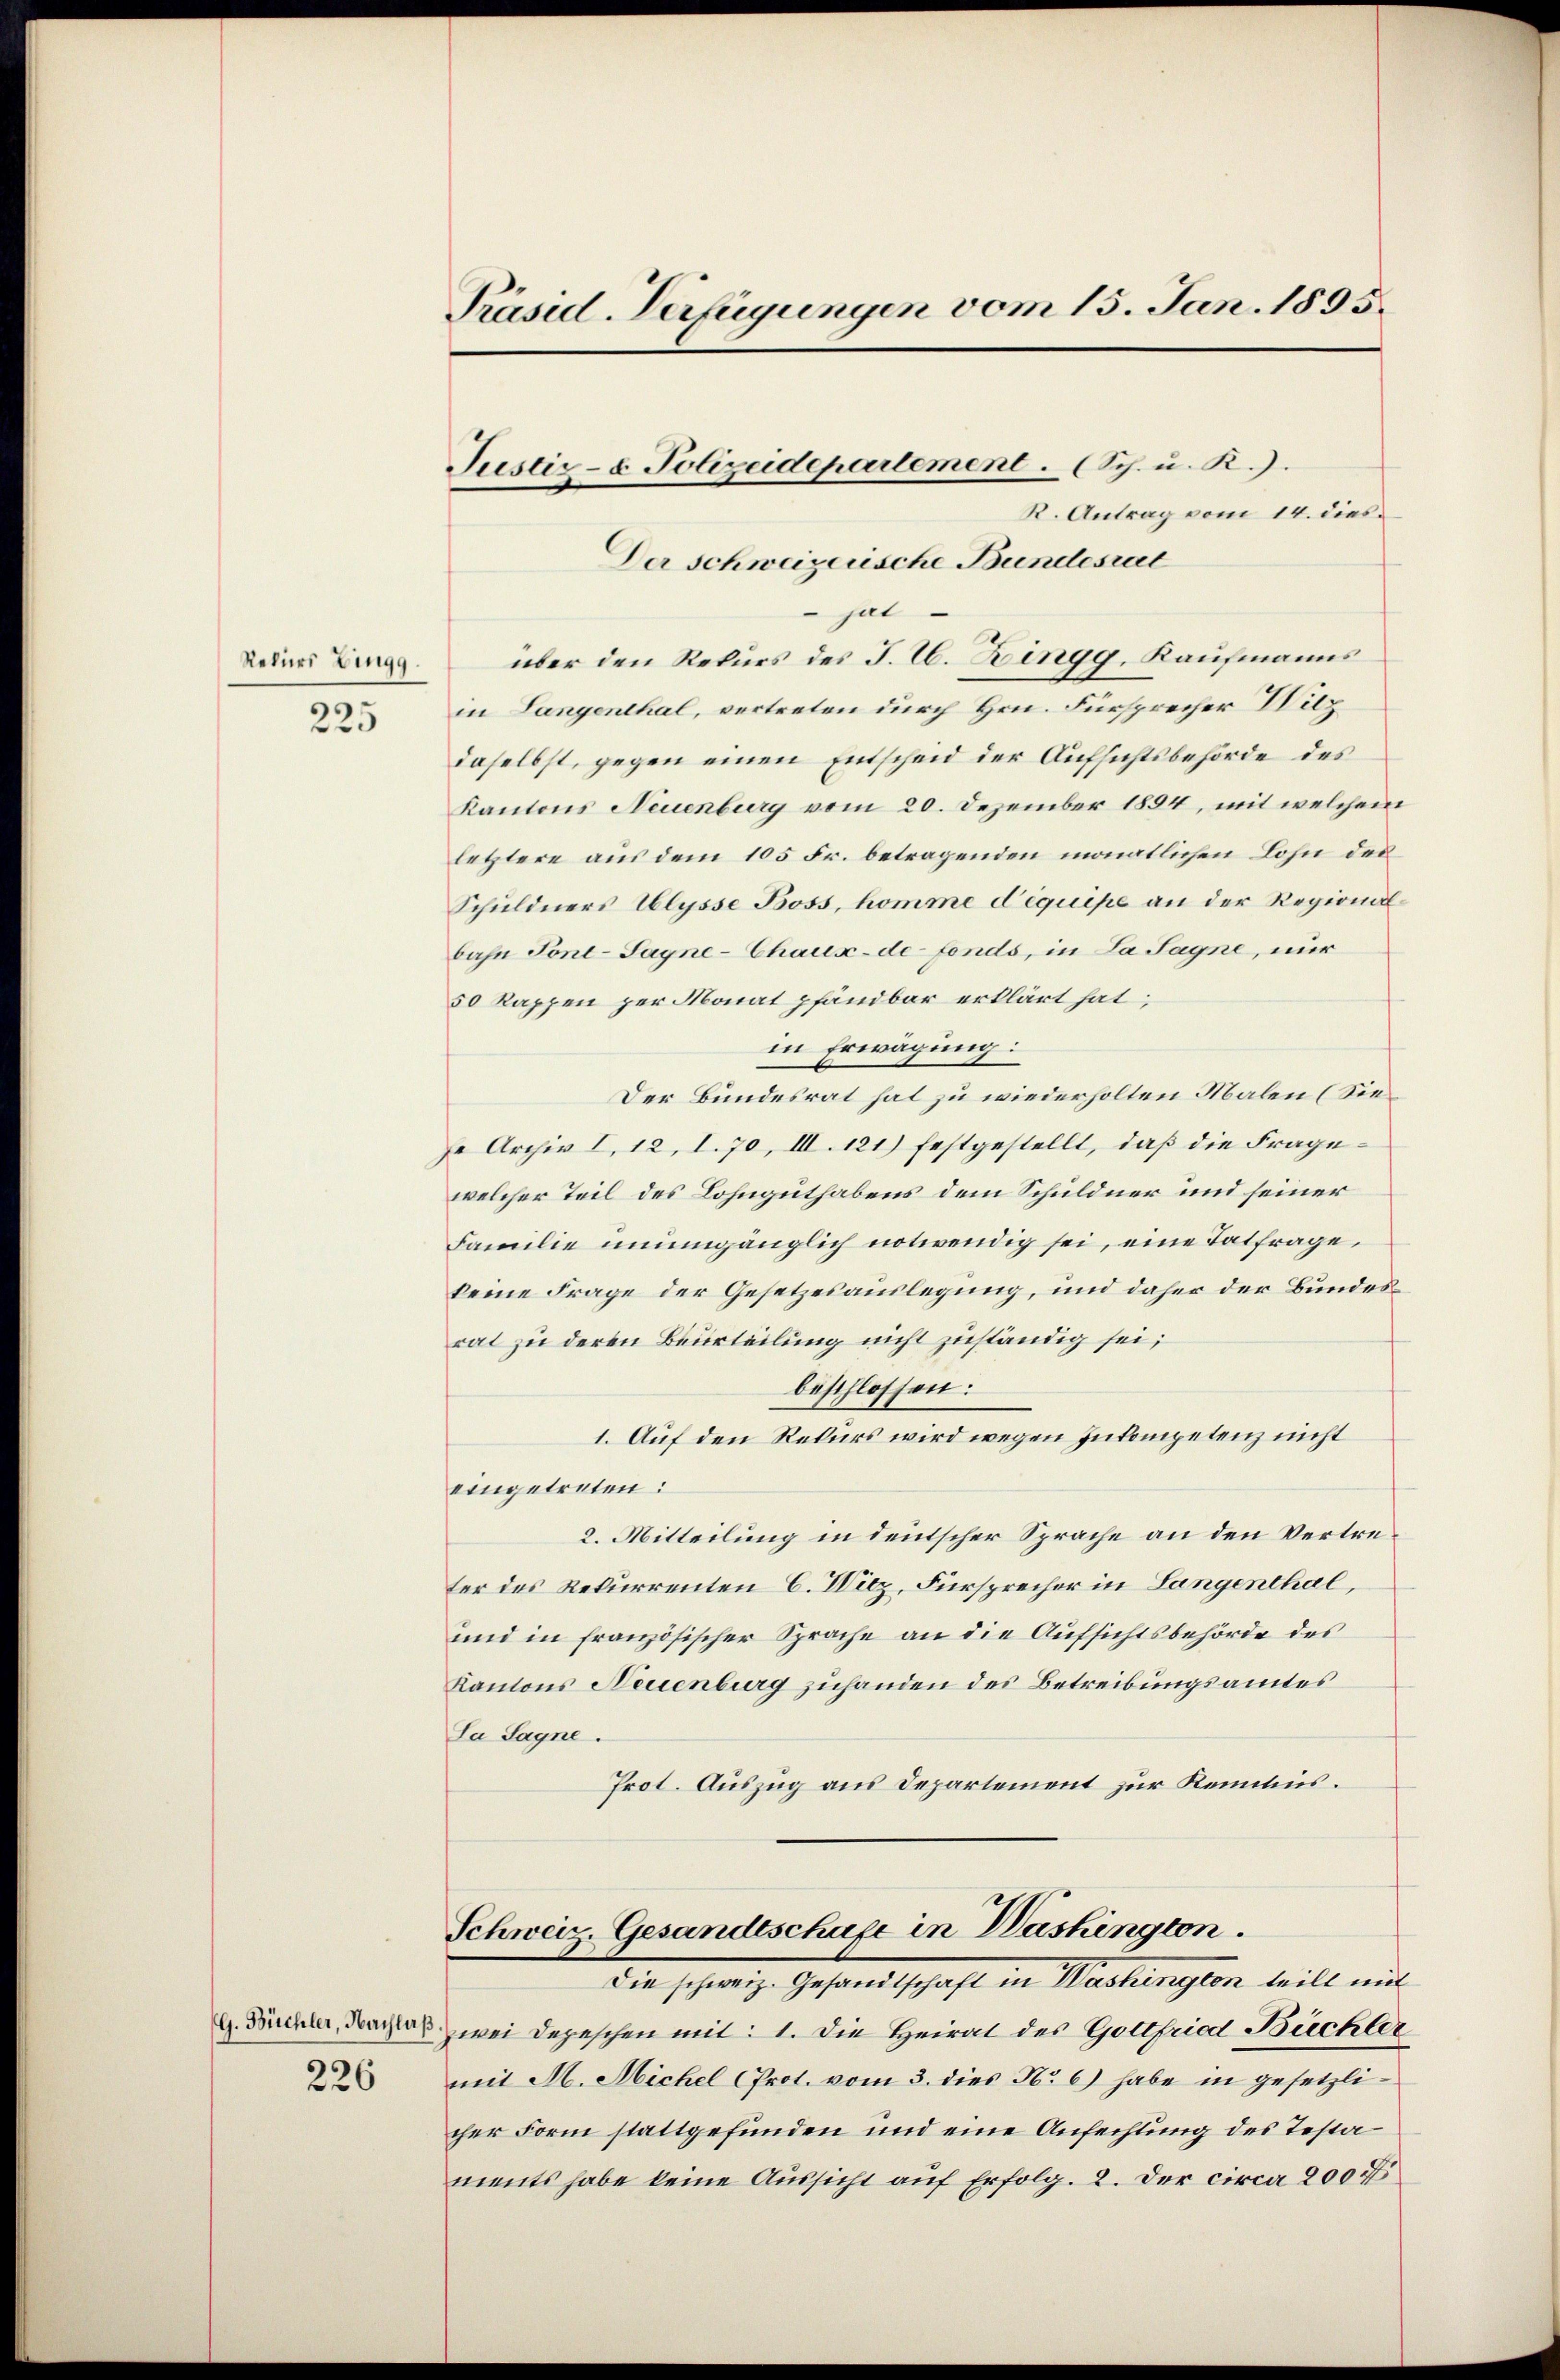
Rekurs Zingg.
225

226

Präsid-Verfügungen vom 15. Jan. 1895.

K. Antrag vom 14. dies
Der schweizerische Bundesrat
hat
über den Rekurs des J. C. Zingg, Kaufmanns
in Langenthal, vertreten durch Hrn. Fürsprecher Wilz
daselbst, gegen einen Entscheid der Aufsichtsbehörde des
Kantons Neuenburg vom 20. Dezember 1894, mit welchem
letztere aus dem 105 Fr. betragenden monatlichen Lohn des
Schuldners Ulysse Boss, komme d’équipe an der Regionalbahn Fonl-Sagne-Chaux-de-Fonds, in La Sagne, nur
50 Kappen per Monat pfandbar erklärt hat;
in Erwägung:
Der Bundesrat hat zu wiederholten Malen (Sieje Archiv I. 12, I. 70, III. 121) festgestellt, daß die Fragewelcher Teil des Lohnguthabens dem Schuldner und seiner
Familie unumgänglich notwendig sei, eine Tatfrage,
keine Frage der Gesetzesauslegung, und daher der Bundesrat zu deren Beurteilung nicht zuständig sei;
beschlossen:
1. Auf den Rekurs wird wegen Inkompetenz nicht
eingetreten:
2. Mitteilung in deutscher Sprache an den Vertreter des Rekurrenten C. Witz, Fürsprecher in Langenthal,
und in französischer Sprache an die Aufsichtsbehörde des
Kantons Neuenburg zuhanden des Betreibungsamtes
La Sagne.
Prot. Auszug aus Departement zur Kenntnis.
Schweiz. Gesandtschufe in Washington.
Die schweige Gesandtschaft in Wartungen weilt mit
d. Büchler, Daches zwei Depeschen mit: 1. Die Heirat des Gottfried Büchler
mit M. Michel (Prot. vom 3. dies Nr 6) habe in gesetzlicher Form stattgefunden und eine Anfechtung des Testaments habe keine Aussicht auf Erfolg. 2. Der circa 200 f

Justiz- & Polizeidepartement. (Sch. u. R.).